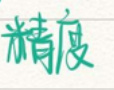
精度